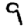
Digit: 9